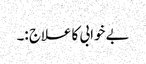
بے خوابی کا علاج :۔